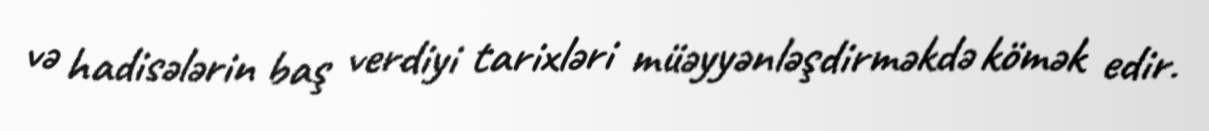
və hadisələrin baş verdiyi tarixləri müəyyənləşdirməkdə kömək edir.